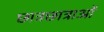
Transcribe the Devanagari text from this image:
छात्रछात्राओं